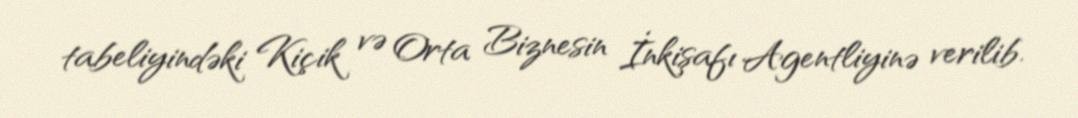
tabeliyindəki Kiçik və Orta Biznesin İnkişafı Agentliyinə verilib.